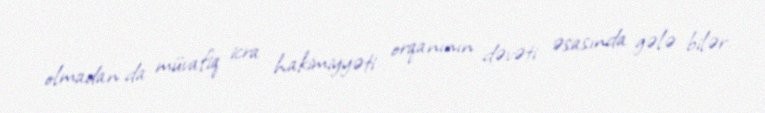
olmadan da müvafiq icra hakimiyyəti orqanının dəvəti əsasında gələ bilər.